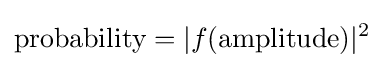
{\text{probability}}=|f({\text{amplitude}})|^{2}